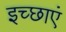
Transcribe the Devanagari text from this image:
इच्‍छाएं